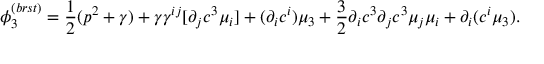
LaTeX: \phi _ { 3 } ^ { ( b r s t ) } = \frac { 1 } { 2 } ( p ^ { 2 } + \gamma ) + \gamma \gamma ^ { i j } [ \partial _ { j } c ^ { 3 } \mu _ { i } ] + ( \partial _ { i } c ^ { i } ) \mu _ { 3 } + \frac { 3 } { 2 } \partial _ { i } c ^ { 3 } \partial _ { j } c ^ { 3 } \mu _ { j } \mu _ { i } + \partial _ { i } ( c ^ { i } \mu _ { 3 } ) .